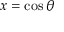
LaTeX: x = \cos \theta